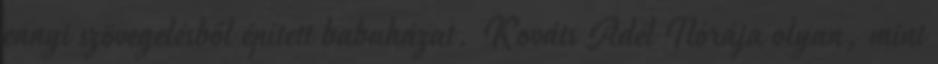
ennyi szövegelésből épített babaházat. Kováts Adél Nórája olyan, mint